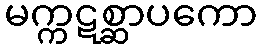
မက္ကဋစ္ဆာပကော